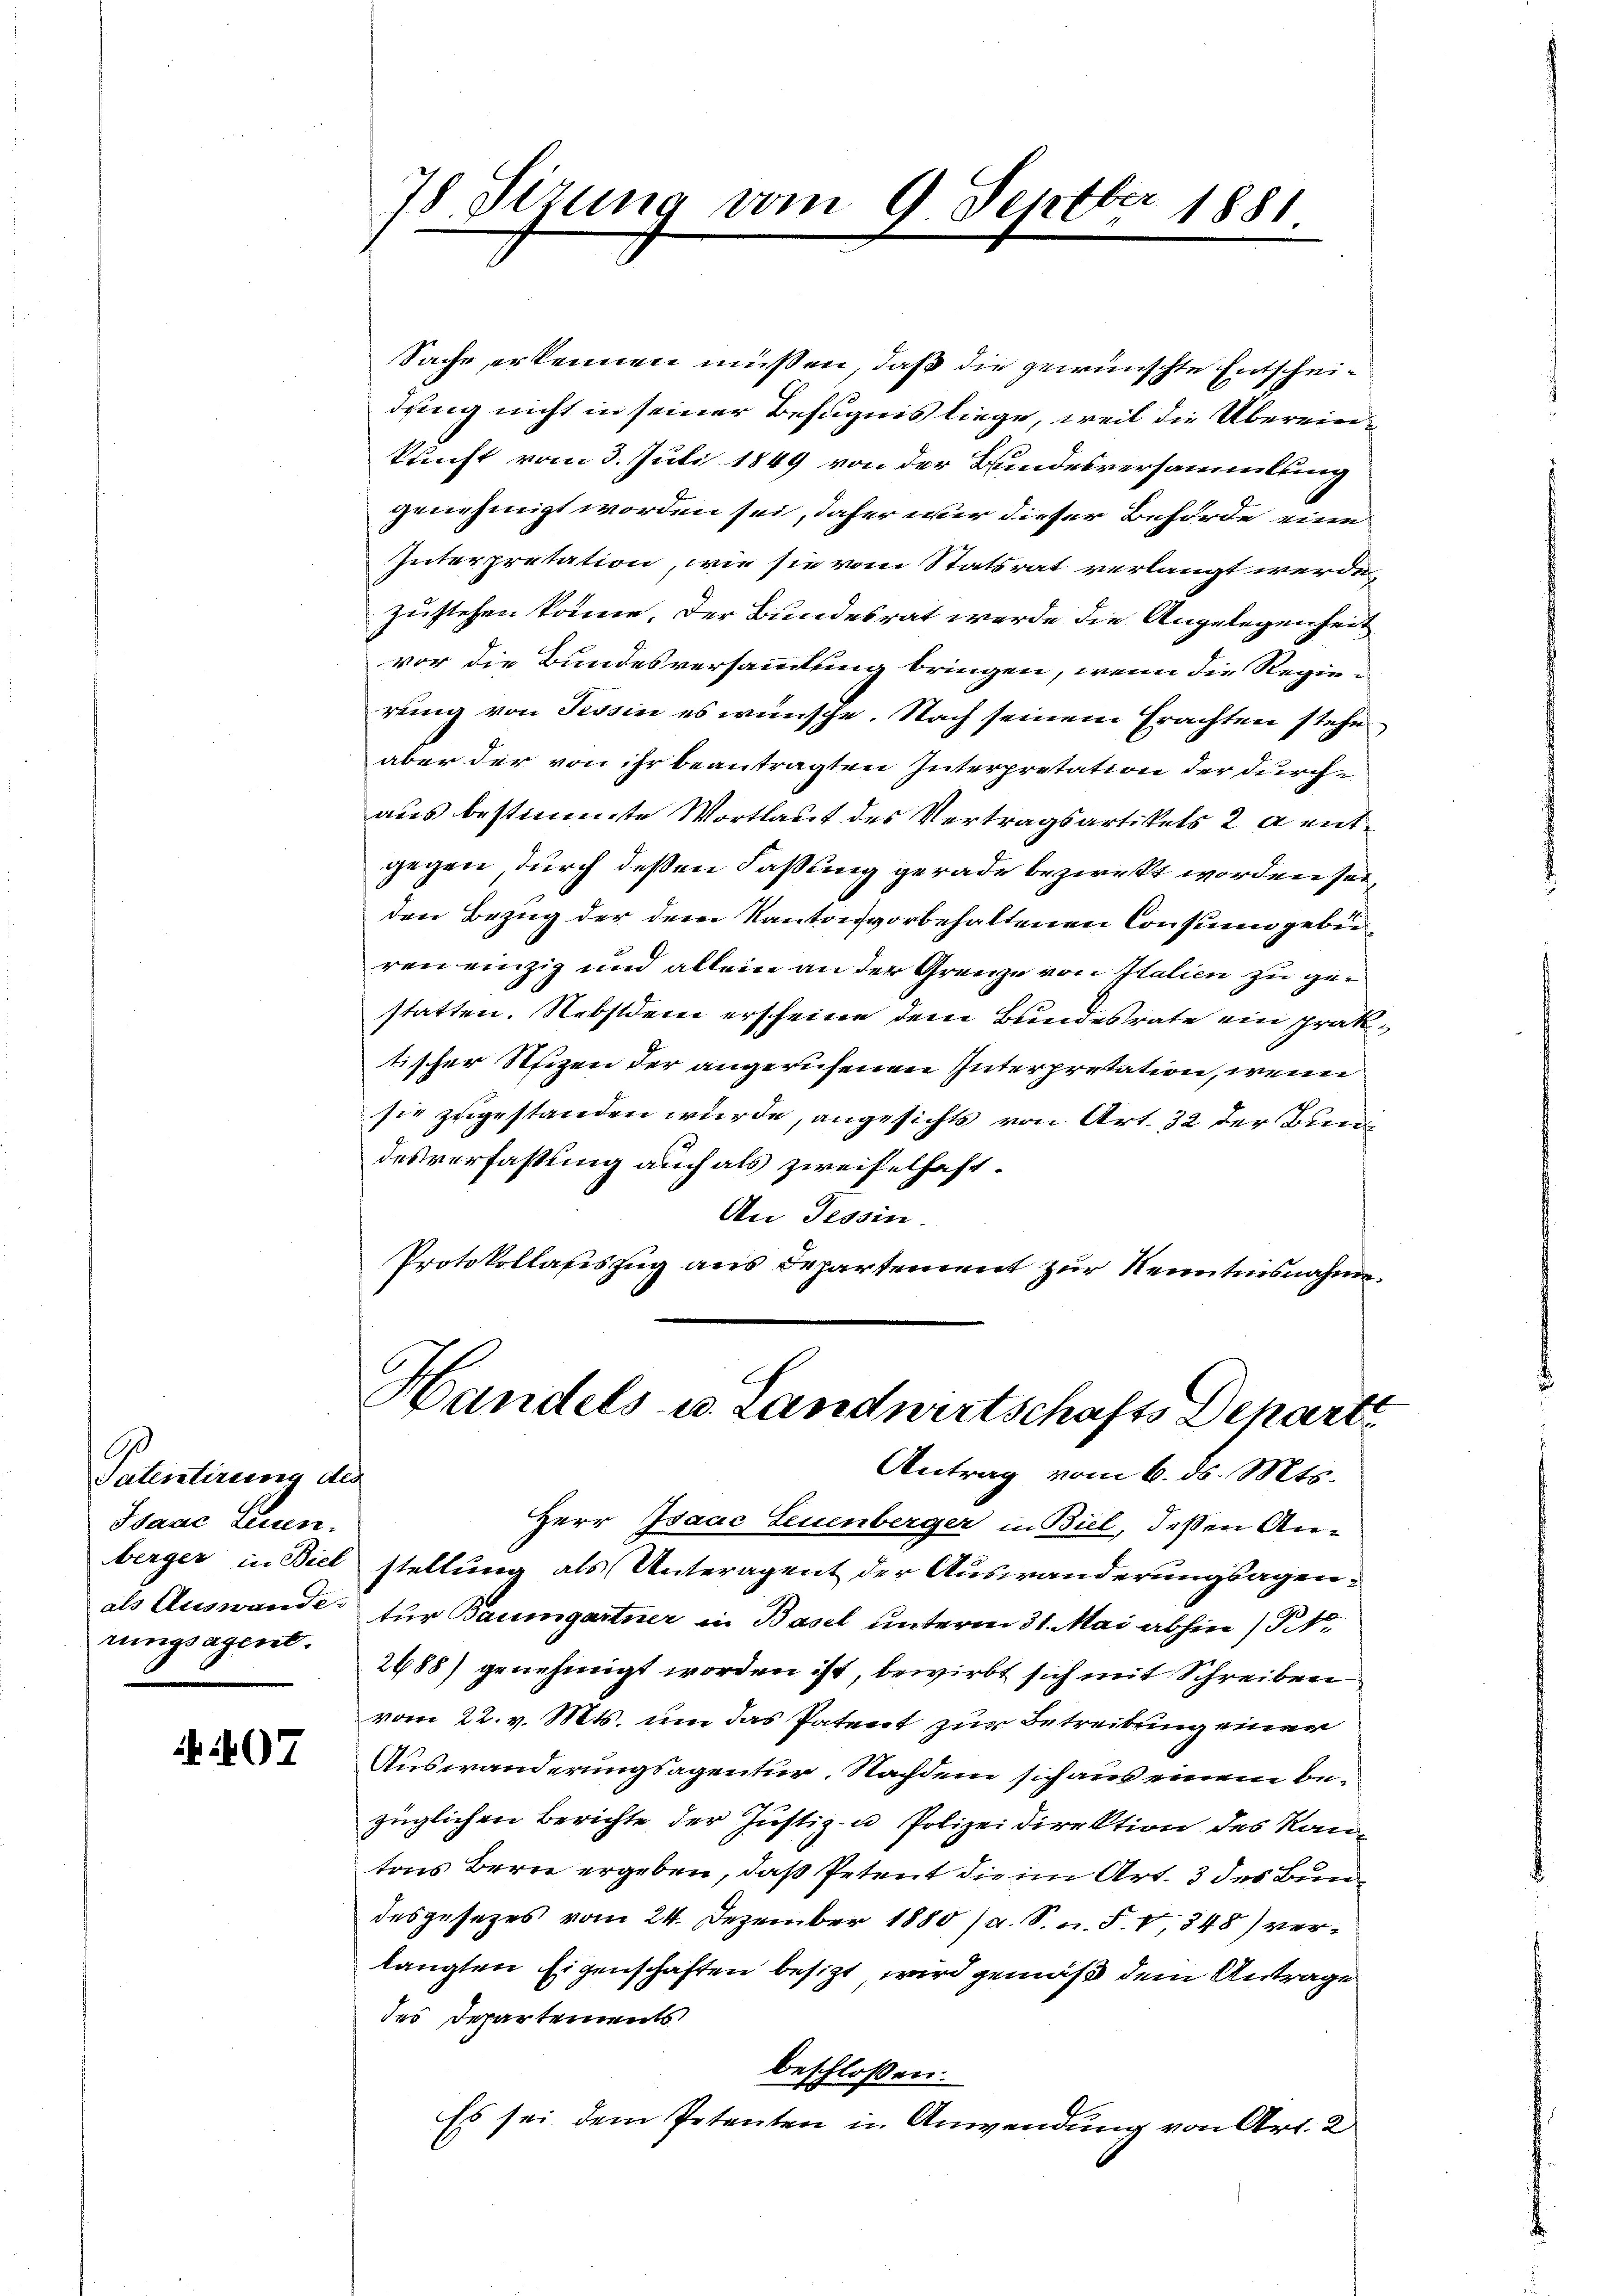
Patentirung des
Isaac Leuen.
berger in Biel
als Auswander
rungsagent.

07

78. Sizung vom 9. Septbr 1881.

Sache erkennen müssen, daß die gewünschte Entscheidung nicht in seiner Befugnis liege, weil die Übereinkunft vom 3. Juli 1849 von der Bundesversammlung
genehmigt worden sei, daher wir dieser Behörde eine
Interpretation, wie sie vom Statsrat verlangt werde,
zustehen könne, der Bundesrat werde die Angelegenheit
vor die Bundesversammlung bringen, wenn die Regierung von Tessin es wünsche. Nach seinem Erachten stehe
aber der von ihr beantragten Interpretation der durchaus bestimmte Wortlaut des Vertragsartikels 2 a entgegen durch deßen Faßung gerade bezweckt worden sei,
den Bezug der dem Kantonsvorbehaltenen Consum gebü
ren einzig und allein an der Grenze von Italien zu gestatten. Nebstdem erscheine dem Bundesrate ein prak-
tischer Reizen der angerufenen Interpretation, wenn
sie zugestanden wurde, angesichts von Art. 32 der Bleni
desverfassung auch als zweifelhaft.
An Tessin.
Protokollasiszug aus Departement zur Kenntnisnahme

g
Handels u. Landwirtschafts Departe
Antrag vom 6. ds. Mts.

Herr Isaac Leuenberger in Biel, dessen An-
stellung als Unteragent der Auswanderungsagentur Baumgartner in Basel unterm 31. Mai abhin (Pr
2488) genehmigt worden ist, bewirbt sich mit Schreiben
vom 22. v. Mts. um das Patent zur Betreibung einer
Auswanderungsagentur. Nachdem sich aus einem Bezüglichen Berichte der Justiz- u Polizeidirektion des Kantons Berne ergeben, daß Petent die im Art. 3 des Bundesgesezes vom 24. Dezember 1880 (a. S. n. F. V, 848) verlangten Eigenschaften besizt, wird gemäß dem Antrage
des Departements
beschloßen:
Es sei dem Petenten in Anwendung von Art. 2